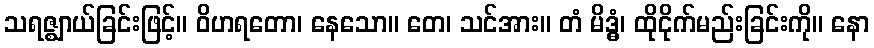
သရဇ္ဈာယ်ခြင်းဖြင့်။ ဝိဟရတော၊ နေသော။ တေ၊ သင်အား။ တံ မိဒ္ဓံ၊ ထိုငိုက်မည်းခြင်းကို။ နော